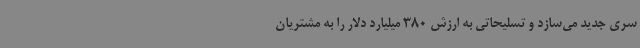
سری جدید می‌سازد و تسلیحاتی به ارزش 380 میلیارد دلار را به مشتریان